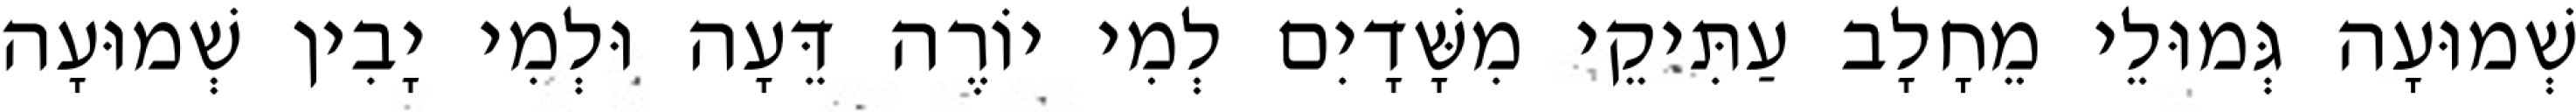
שְׁמוּעָה גְּמוּלֵי מֵחָלָב עַתִּיקֵי מִשָּׁדָיִם לְמִי יוֹרֶה דֵּעָה וּלְמִי יָבִין שְׁמוּעָה